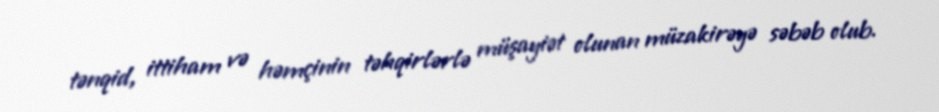
tənqid, ittiham və həmçinin təhqirlərlə müşayiət olunan müzakirəyə səbəb olub.